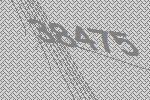
38475